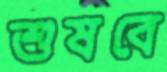
শুষবে